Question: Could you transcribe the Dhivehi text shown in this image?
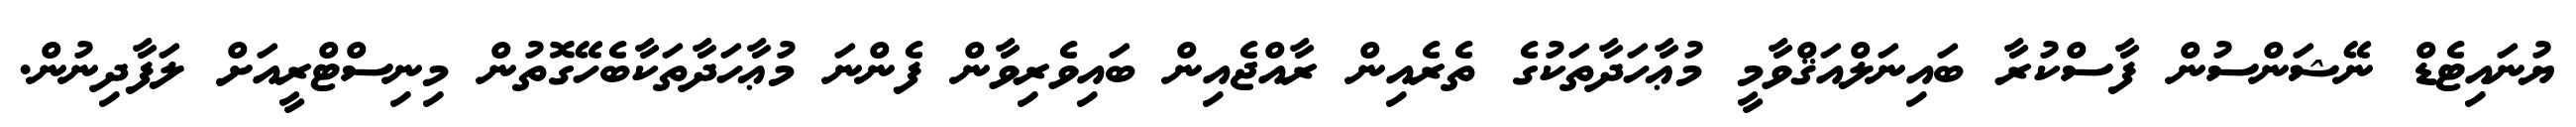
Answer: ޔުނައިޓެޑް ނޭޝަންސުން ފާސްކުރާ ބައިނަލްއަޤްވާމީ މުޢާހަދާތަކުގެ ތެރެއިން ރާއްޖެއިން ބައިވެރިވާން ފެންނަ މުޢާހަދާތަކާބެހޭގޮތުން މިނިސްޓްރީއަށް ލަފާދިނުން.